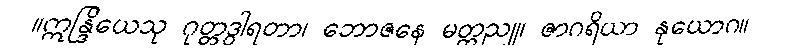
။ဣန္ဒြိယေသု ဂုတ္တဒွါရတာ၊ ဘောဇနေ မတ္တညူ၊ ဇာဂရိယာ နုယောဂ။